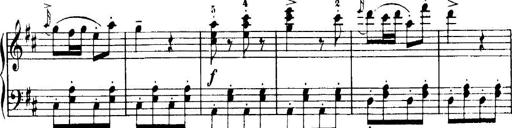
Title: 7 Sonatinas
Composer: Anton Diabelli